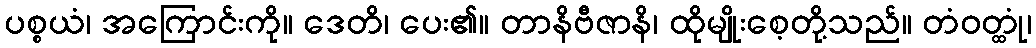
ပစ္စယံ၊ အကြောင်းကို။ ဒေတိ၊ ပေး၏။ တာနိဗီဇာနိ၊ ထိုမျိုးစေ့တို့သည်။ တံဝတ္ထုံ၊